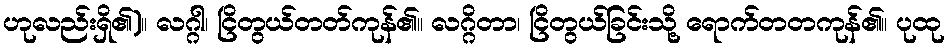
ဟုလည်းရှိ၏)။ လဂ္ဂါ၊ ငြိတွယ်တတ်ကုန်၏။ လဂ္ဂိတာ၊ ငြိတွယ်ခြင်းသို့ ရောက်တတကုန်၏။ ပုထု